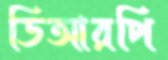
ডিআরপি